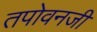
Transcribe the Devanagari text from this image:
तपोवनजी